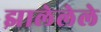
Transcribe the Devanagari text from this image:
झालेलेले